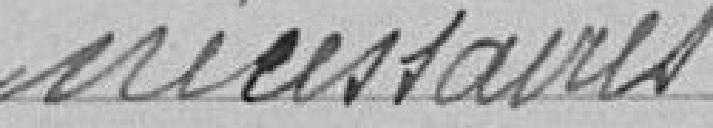
nécessaires